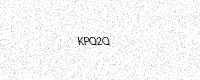
Text: KPQ2Q